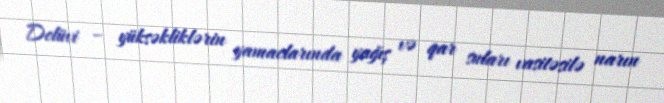
Delüvi – yüksəkliklərin yamaclarında yağış və qar suları vasitəsilə narın